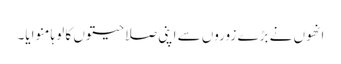
انھوں نے بڑے زوروں سے اپنی صلاحیتوں کا لوہا منوایا۔